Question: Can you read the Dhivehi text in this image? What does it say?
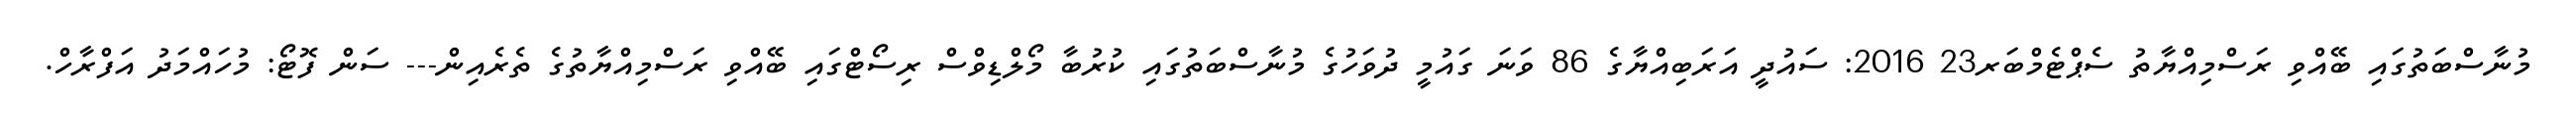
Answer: މުނާސްބަތުގައި ބޭއްވި ރަސްމިއްޔާތު ސެޕްޓެމްބަރ23 2016: ސައުދީ އަރަބިއްޔާގެ 86 ވަނަ ގައުމީ ދުވަހުގެ މުނާސްބަތުގައި ކުރުބާ މޯލްޑިވްސް ރިސޯޓްގައި ބޭއްވި ރަސްމިއްޔާތުގެ ތެރެއިން--- ސަން ފޮޓޯ: މުހައްމަދު އަފްރާހް.